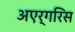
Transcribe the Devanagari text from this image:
अएर्गरिस